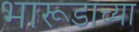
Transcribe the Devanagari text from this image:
भारूडाच्या